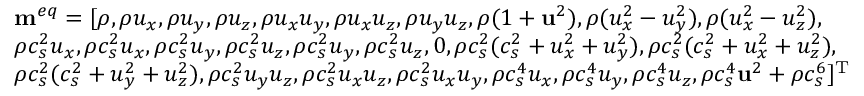
\begin{array} { l } { { { \bf { m } } ^ { e q } } = [ \rho , \rho { u _ { x } } , \rho { u _ { y } } , \rho { u _ { z } } , \rho { u _ { x } } { u _ { y } } , \rho { u _ { x } } { u _ { z } } , \rho { u _ { y } } { u _ { z } } , \rho ( 1 + { { \bf { u } } ^ { 2 } } ) , \rho ( u _ { x } ^ { 2 } - u _ { y } ^ { 2 } ) , \rho ( u _ { x } ^ { 2 } - u _ { z } ^ { 2 } ) , } \\ { \rho c _ { s } ^ { 2 } { u _ { x } } , \rho c _ { s } ^ { 2 } { u _ { x } } , \rho c _ { s } ^ { 2 } { u _ { y } } , \rho c _ { s } ^ { 2 } { u _ { z } } , \rho c _ { s } ^ { 2 } { u _ { y } } , \rho c _ { s } ^ { 2 } { u _ { z } } , 0 , \rho c _ { s } ^ { 2 } ( c _ { s } ^ { 2 } + u _ { x } ^ { 2 } + u _ { y } ^ { 2 } ) , \rho c _ { s } ^ { 2 } ( c _ { s } ^ { 2 } + u _ { x } ^ { 2 } + u _ { z } ^ { 2 } ) , } \\ { \rho c _ { s } ^ { 2 } ( c _ { s } ^ { 2 } + u _ { y } ^ { 2 } + u _ { z } ^ { 2 } ) , \rho c _ { s } ^ { 2 } { u _ { y } } { u _ { z } } , \rho c _ { s } ^ { 2 } { u _ { x } } { u _ { z } } , \rho c _ { s } ^ { 2 } { u _ { x } } { u _ { y } } , \rho c _ { s } ^ { 4 } { u _ { x } } , \rho c _ { s } ^ { 4 } { u _ { y } } , \rho c _ { s } ^ { 4 } { u _ { z } } , \rho c _ { s } ^ { 4 } { { \bf { u } } ^ { 2 } } + \rho c _ { s } ^ { 6 } { ] ^ { \mathrm { T } } } } \end{array}